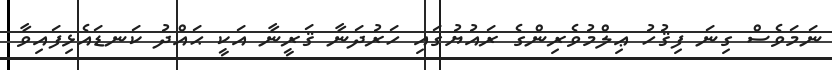
ނަމަވެސް ގިނަ ފިޤުހު ޢިލްމުވެރިންގެ ރައުޔުގައި ހަރުދަނާ ޤަރީނާ އަކީ ޙައްދު ކަނޑައެޅިފައިވާ